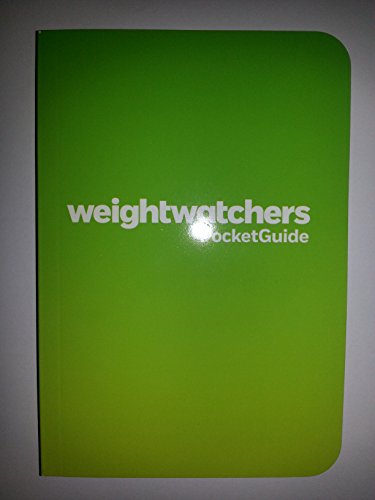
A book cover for Weight Watchers Pocket Guide 2013; Weight Watchers; Health, Fitness & Dieting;